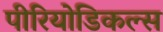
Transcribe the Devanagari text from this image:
पीरियोडिकल्स